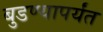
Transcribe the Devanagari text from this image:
बुडण्यापर्यंत